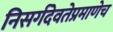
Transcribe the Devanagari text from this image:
निसर्गदेवतेप्रमाणेच